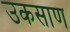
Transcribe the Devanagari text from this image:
उकसाण